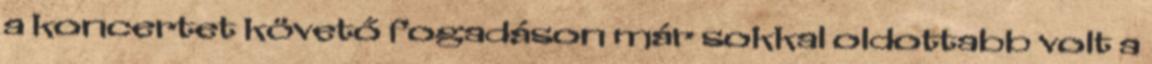
a koncertet követő fogadáson már sokkal oldottabb volt a